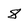
Character: 8